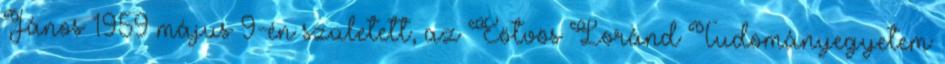
János 1959 május 9-én született, az Eötvös Loránd Tudományegyetem